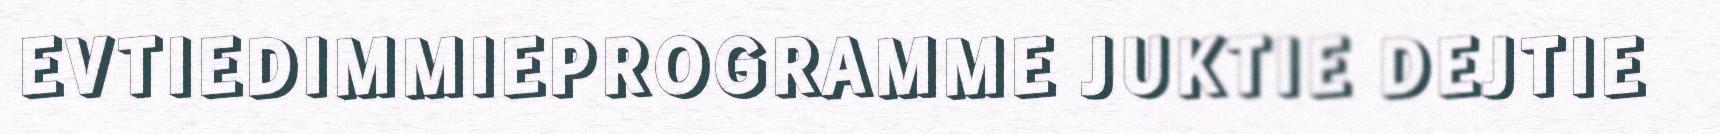
EVTIEDIMMIEPROGRAMME JUKTIE DEJTIE